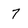
Character: 7